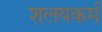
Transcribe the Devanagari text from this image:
शलयकर्म